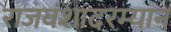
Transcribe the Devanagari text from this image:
राजवंशादरम्यान